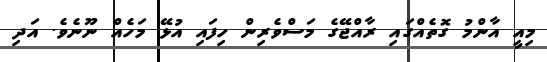
މިއީ އާންމު ގޮތެއްގައި ރާއްޖޭގެ މަސްވެރިން ހިފައި އުޅޭ މަހެއް ނޫނެވެ. އަދި